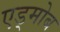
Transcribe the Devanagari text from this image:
एड्मोब